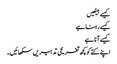
کیسے بیٹھیں
کیسے رہنا ہے
کیسے آنا ہے
اپنے کتے کو کچھ تفریحی تدبیریں سکھائیں۔